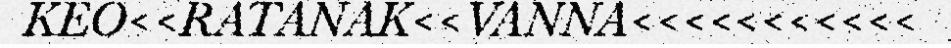
KEO<<RATANAK<<VANNA<<<<<<<<<<<